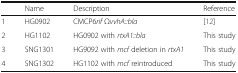
<table><thead><tr><td></td><td><b>Name</b></td><td><b>Description</b></td><td><b>Reference</b></td></tr></thead><tbody><tr><td>1</td><td>HG0902</td><td>CMCP6<i>rif</i> Ω<i>vvhA::bla</i></td><td>[12]</td></tr><tr><td>2</td><td>HG1102</td><td>HG0902 with <i>rtxA1::bla</i></td><td>This study</td></tr><tr><td>3</td><td>SNG1301</td><td>HG9092 with <i>mcf</i> deletion in <i>rtxA1</i></td><td>This study</td></tr><tr><td>4</td><td>SNG1302</td><td>HG1102 with <i>mcf</i> reintroduced</td><td>This study</td></tr></tbody></table>